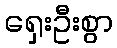
ရှေးဦးစွာ